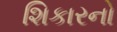
શિકારનો